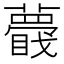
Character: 𧂝